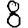
Digit: 8